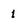
Character: 1